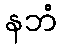
နဘံ